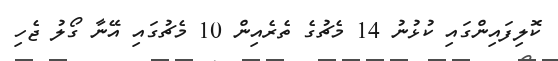
ކޮލިފައިންގައި ކުޅުނު 14 މެޗުގެ ތެރެއިން 10 މެޗުގައި އޭނާ ގޯލު ޖެހި